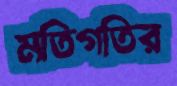
মতিগতির